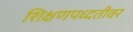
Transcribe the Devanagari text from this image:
शिक्षणपध्दतीवर